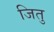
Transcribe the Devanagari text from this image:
जितु